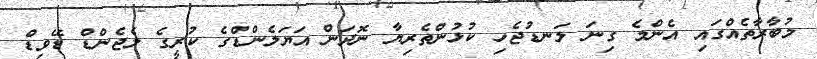
މުބާރާތެއްގައި އެންމެ ގިނަ ލަނޑުޖެހި ކުޅުންތެރިޔާ ނޮދަން އަޔަލެންޑްގެ ކުރީގެ ލެޖެންޑް ޑޭވިޑް